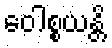
ဝေါစ္စယန္တိ